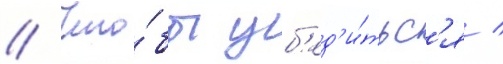
// Что́бы уб'ед'и́тьс'я /